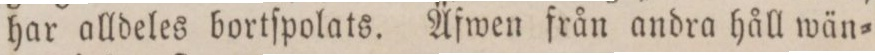
har alldeles bortſpolats. Äfwen från andra håll wän=